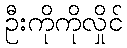
ဦးကိုကိုလှိုင်